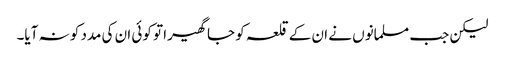
لیکن جب مسلمانوں نے ان کے قلعہ کو جا گھیرا تو کوئی ان کی مدد کو نہ آیا۔